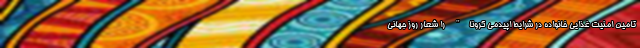
تامین امنیت غذایی خانواده در شرایط اپیدمی کرونا" را شعار روز جهانی